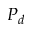
P _ { d }